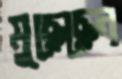
মুছেছেন